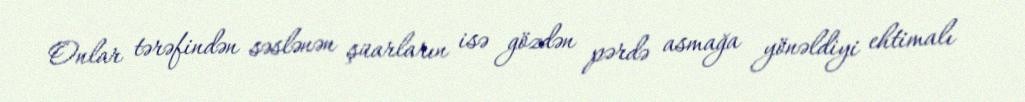
Onlar tərəfindən səslənən şüarların isə gözdən pərdə asmağa yönəldiyi ehtimalı